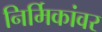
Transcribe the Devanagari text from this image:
निर्मिकांवर